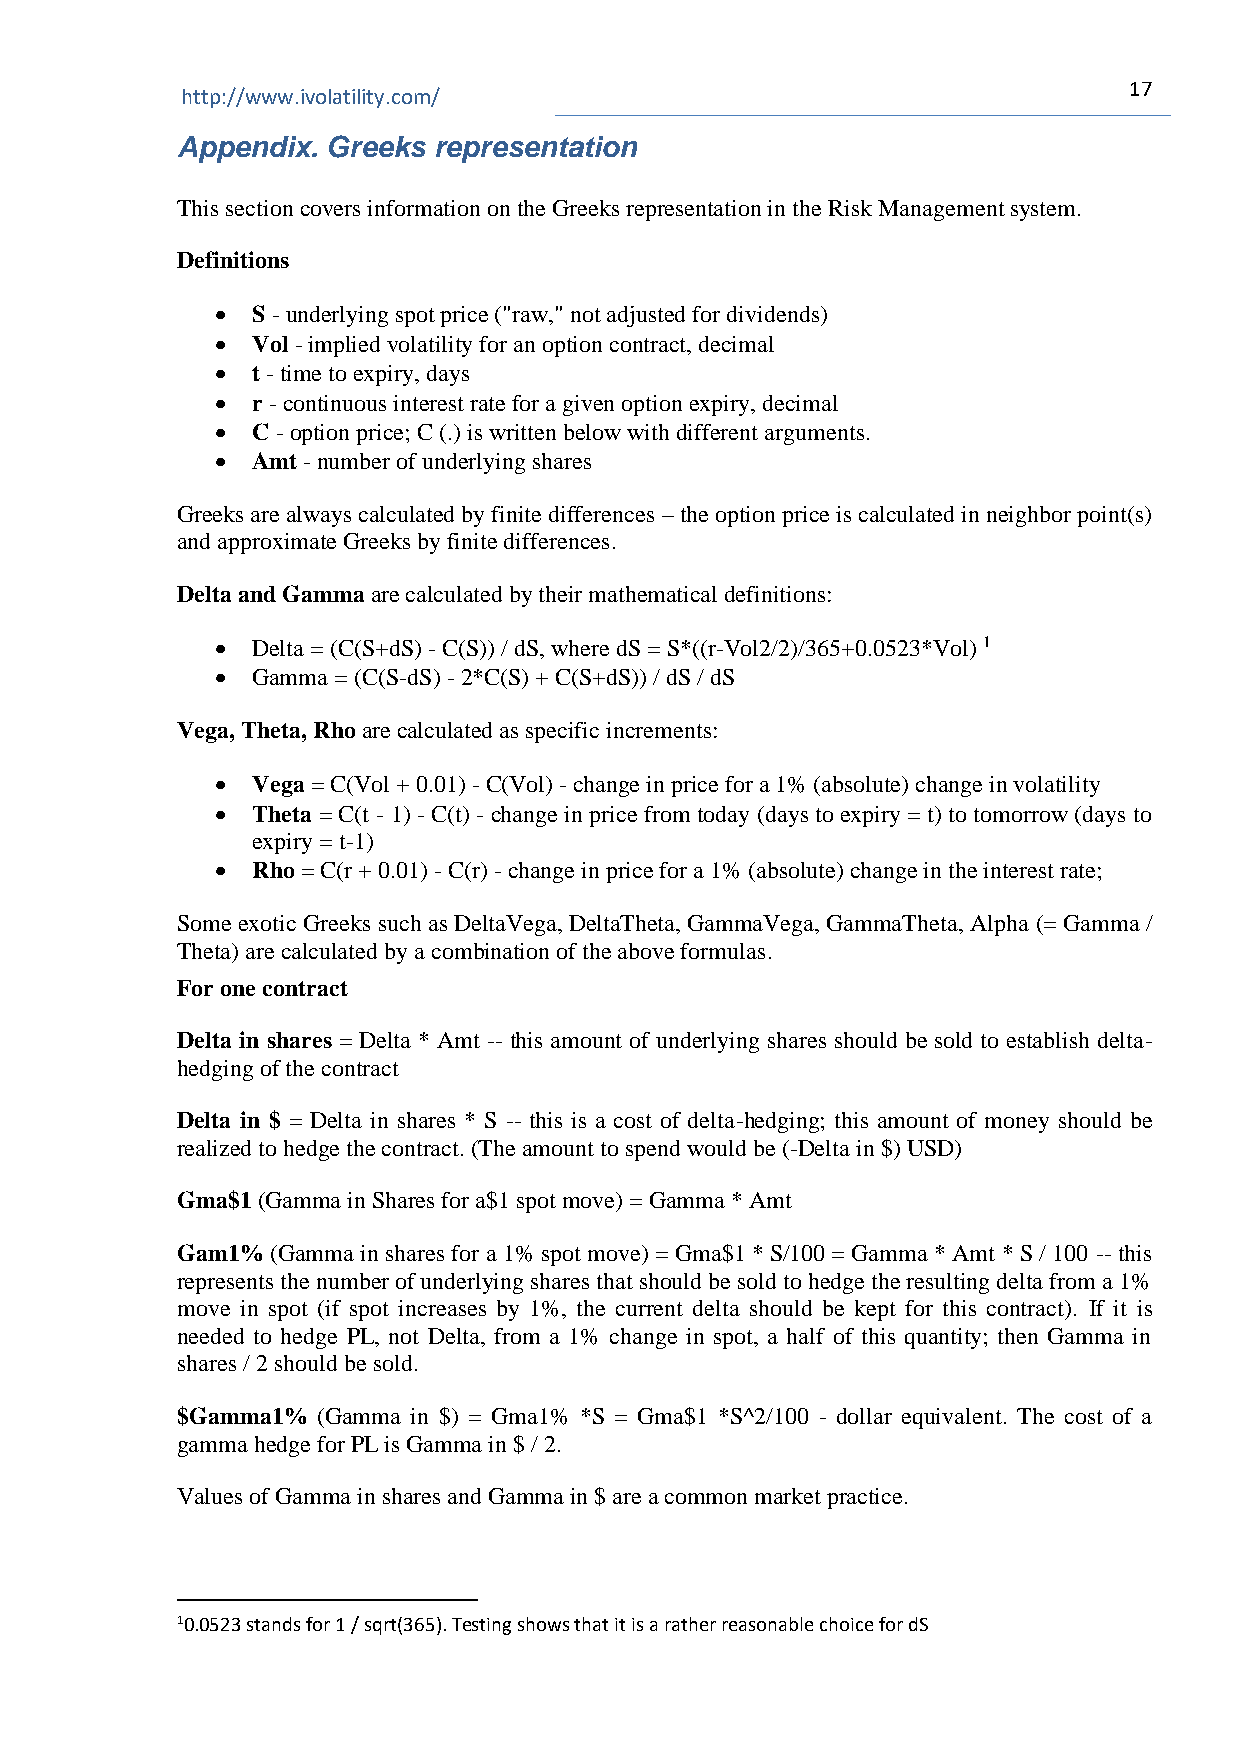
17
 http://www.ivolatility.com/
 Appendix. Greeks representation
 This section covers information on the Greeks representation in the Risk Management system.
 Definitions
 •  S - underlying spot price ("raw," not adjusted for dividends)
 •  Vol - implied volatility for an option contract, decimal
 •  t - time to expiry, days
 •  r - continuous interest rate for a given option expiry, decimal
 •  C - option price; C (.) is written below with different arguments.
 •  Amt - number of underlying shares
 Greeks are always calculated by finite differences – the option price is calculated in neighbor point(s)
 and approximate Greeks by finite differences.
 Delta and Gamma are calculated by their mathematical definitions:
 •  Delta = (C(S+dS) - C(S)) / dS, where dS = S*((r-Vol2/2)/365+0.0523*Vol) 1
 •  Gamma = (C(S-dS) - 2*C(S) + C(S+dS)) / dS / dS
 Vega, Theta, Rho are calculated as specific increments:
 •  Vega = C(Vol + 0.01) - C(Vol) - change in price for a 1% (absolute) change in volatility
 •  Theta = C(t - 1) - C(t) - change in price from today (days to expiry = t) to tomorrow (days to
 expiry = t-1)
 •  Rho = C(r + 0.01) - C(r) - change in price for a 1% (absolute) change in the interest rate;
 Some exotic Greeks such as DeltaVega, DeltaTheta, GammaVega, GammaTheta, Alpha (= Gamma /
 Theta) are calculated by a combination of the above formulas.
 For one contract
 Delta in shares = Delta * Amt -- this amount of underlying shares should be sold to establish delta-
 hedging of the contract
 Delta in $ = Delta in shares * S -- this is a cost of delta-hedging; this amount of money should be
 realized to hedge the contract. (The amount to spend would be (-Delta in $) USD)
 Gma$1 (Gamma in Shares for a$1 spot move) = Gamma * Amt
 Gam1% (Gamma in shares for a 1% spot move) = Gma$1 * S/100 = Gamma * Amt * S / 100 -- this
 represents the number of underlying shares that should be sold to hedge the resulting delta from a 1%
 move in spot (if spot increases by 1%, the current delta should be kept for this contract). If it is
 needed to hedge PL, not Delta, from a 1% change in spot, a half of this quantity; then Gamma in
 shares / 2 should be sold.
 $Gamma1% (Gamma in $) = Gma1% *S = Gma$1 *S^2/100 - dollar equivalent. The cost of a
 gamma hedge for PL is Gamma in $ / 2.
 Values of Gamma in shares and Gamma in $ are a common market practice.
 10.0523 stands for 1 / sqrt(365). Testing shows that it is a rather reasonable choice for dS